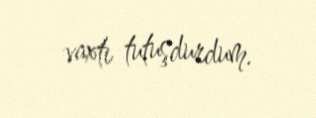
vaxtı tutuşdurdum.